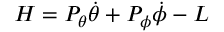
H = P _ { \theta } { \dot { \theta } } + P _ { \phi } { \dot { \phi } } - L